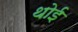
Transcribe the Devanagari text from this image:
थोई